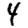
Digit: 4